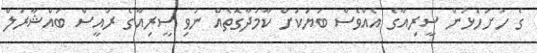
ގެ ހުށަހެޅުން ސީރިއާގެ އެއްވެސް ބަޔަކަށް ކާމުދާގޮތެއް ނުވި ސީރިއާގެ ރައީސް ބައްޝާރުލް